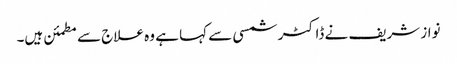
نواز شریف نے ڈاکٹر شمسی سے کہا ہے وہ علاج سے مطمئن ہیں۔